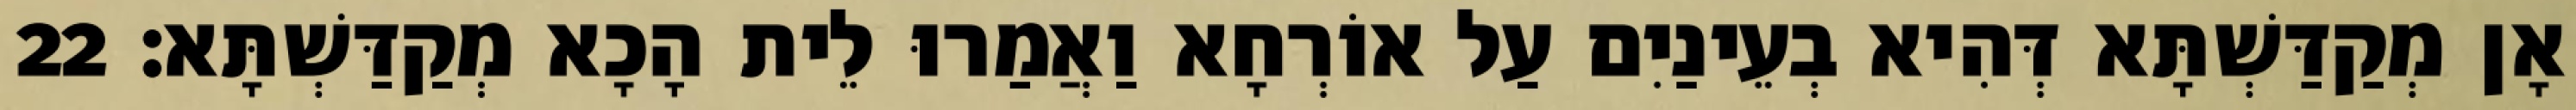
אָן מְקַדַּשְׁתָּא דְּהִיא בְעֵינַיִם עַל אוֹרְחָא וַאֲמַרוּ לֵית הָכָא מְקַדַּשְׁתָּא׃ 22